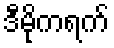
ဒီမိုကရက်